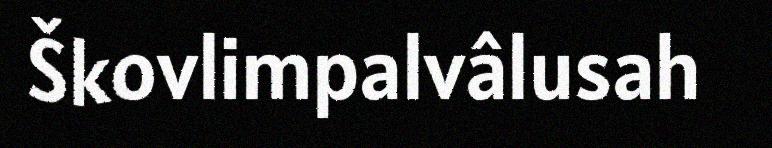
Škovlimpalvâlusah